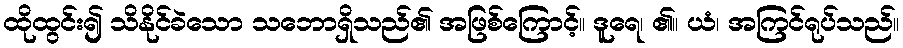
ထိုထွင်း၍ သိနိုင်ခဲသော သဘောရှိသည်၏ အဖြစ်ကြောင့်။ ဒူရေ၊ ၏။ ယံ၊ အကြင်ရုပ်သည်။